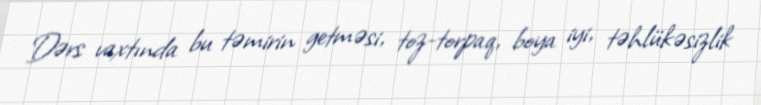
Dərs vaxtında bu təmirin getməsi, toz-torpaq, boya iyi, təhlükəsizlik